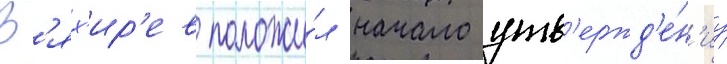
В'ях'ир'ев положи́л начало утв'ержд'е́н'иу